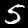
Digit: 5